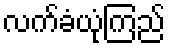
လက်ခံယုံကြည်